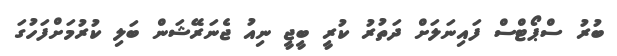
ބުރު ސްޕޯޓްސް ފައިނަލަށް ދަތުރު ކުރީ ބީޖީ ނިއު ޖެނަރޭޝަން ބަލި ކުރުމަށްފަހުގަ